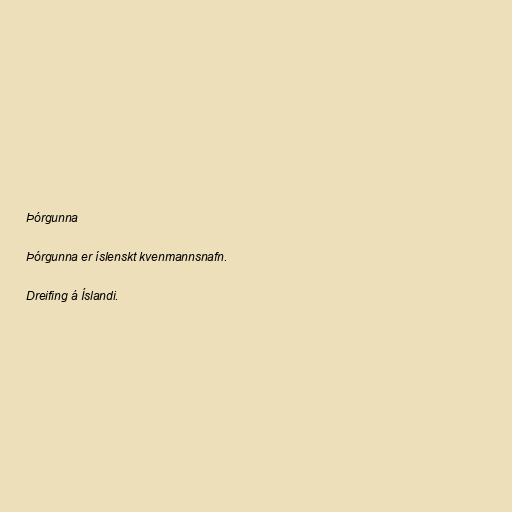
Þórgunna

Þórgunna er íslenskt kvenmannsnafn.

Dreifing á Íslandi.